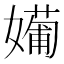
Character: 𡢼